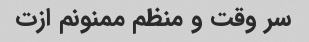
سر وقت و منظم ممنونم ازت